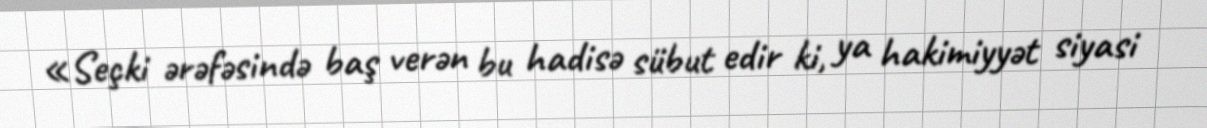
«Seçki ərəfəsində baş verən bu hadisə sübut edir ki, ya hakimiyyət siyasi